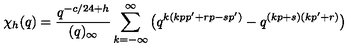
\chi _ { h } ( q ) = { \frac { q ^ { - c / 2 4 + h } } { ( q ) _ { \infty } } } \sum _ { k = - \infty } ^ { \infty } \big ( q ^ { k ( k p p ^ { \prime } + r p - s p ^ { \prime } ) } - q ^ { ( k p + s ) ( k p ^ { \prime } + r ) } \big )